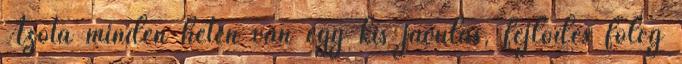
Azóta minden héten van egy kis javulás, fejlődés főleg